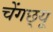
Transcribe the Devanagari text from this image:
चेंगछ्यू